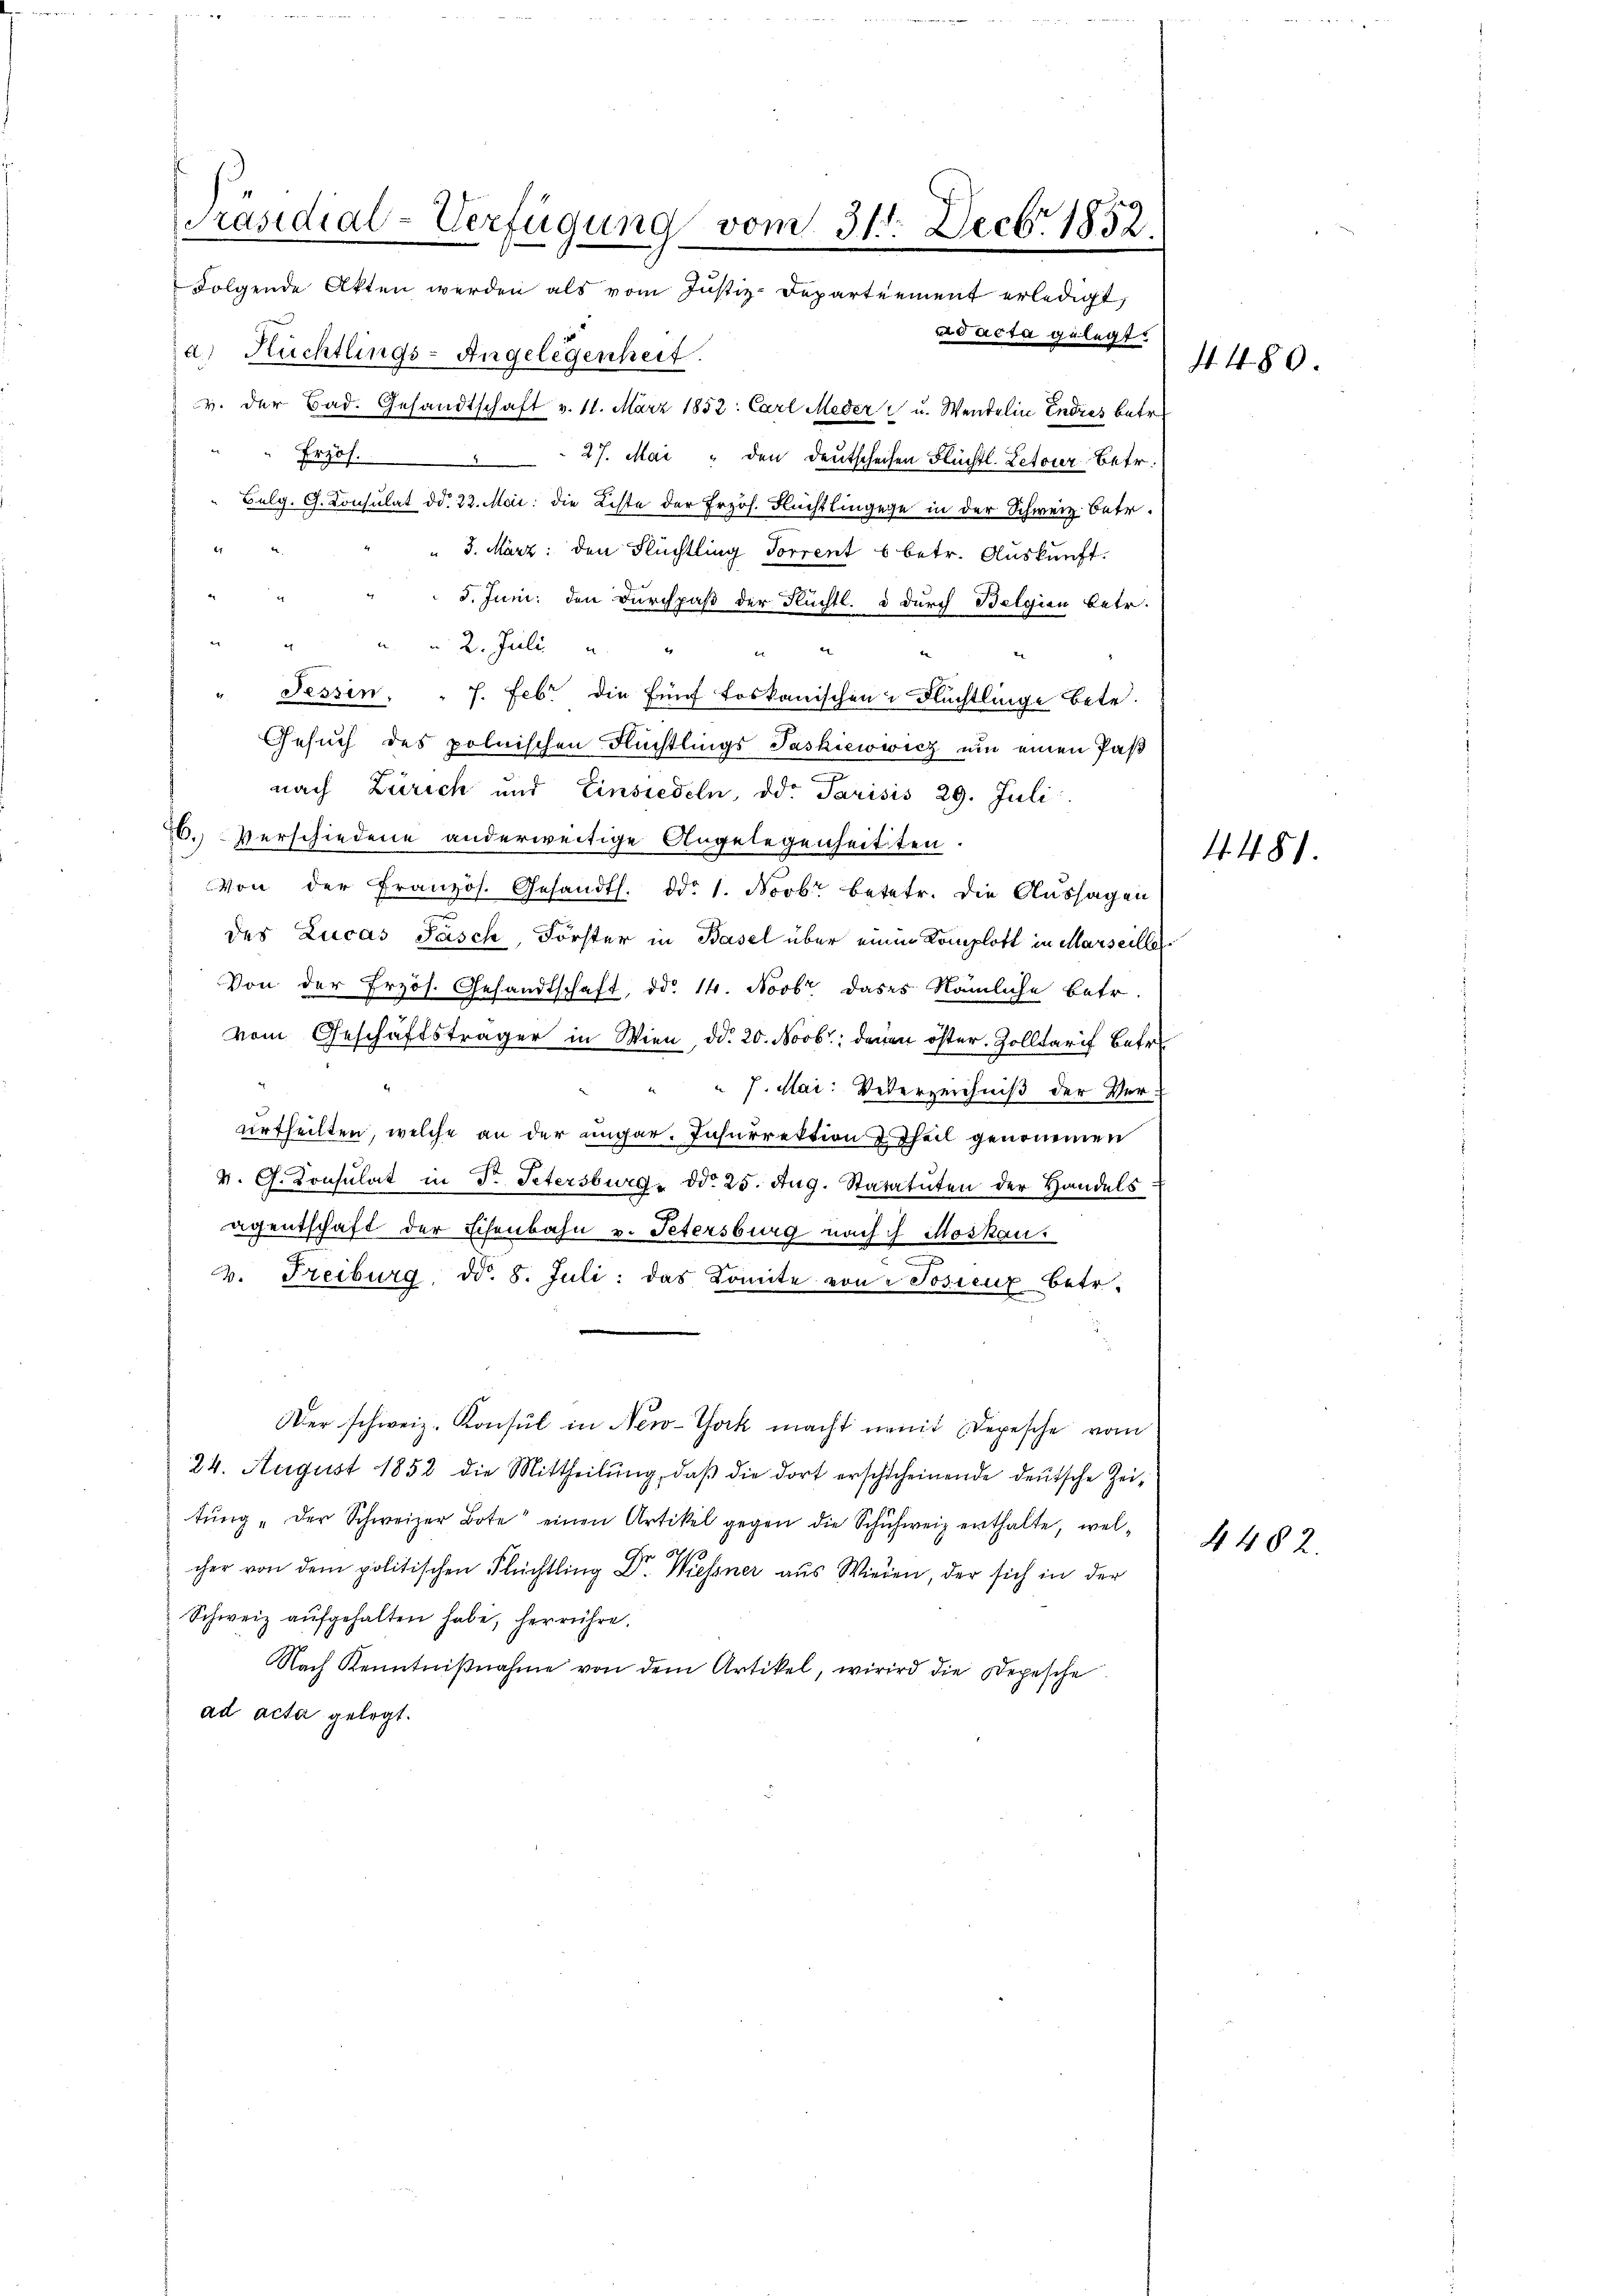
Präsidial-Verfügung vom 31. Decbr 1852
Folgende Akten werden als vom Justiz-Departement erledigt,
d acta gelegt.
a Rüchtlings-Angelegenheit.

v. der Bad. Gesandtschaft v. 11. März 1852: Carl Meder u. Wendelin Endres betr.
Erzos. 27. Mai den Deutscheifen Flüchtl. Letover Betr.
Belg. G. Consulat dd. 22. Mai die Lichte der Frzös. Fluchthingege in der Schweiz. Betr.
41
" 3. März: den Flüchtling Torrent 6 betr. Auskunft.
5. Juni: den Durchpaß der Flüchtl. d durch Belgien betr.
2. Juli
e
e
e
Tessin. " 7. Febr. die fünf toskanischen Flüchtlinge betr.
Gesuch des polnischen Flüchtlings Paskiciowicz um einen Paß
nach Zürich und Einsiedeln, od. Parisis 29. Juli
6.) Verschiedene anderweitige Angelegenheitten
Von der Französ. Gesandts. ddo 1. Novbr. betetr. die Aussagen
des Lucas Pasch, Förster in Basel über einen Komplott in Marseille
Von der Erzös. Gesandtschaft, ddo. 14. Novbr dass nämliche betr.
vom Geschäftsträger in Wien, d. 20. Novbr. denen öster. Zolltarif Betre
" J. Mai: Wederzeichniß der Ver-
urtheilten, welche an der ungar. Insurrektion 2 Theil genommen
V. G. Consulat in d. Petersburg ddo 25. Aug. Statatuten der Handels
agentschaft der Schenbahn v. Petersburg nach I Moskau
t
v. Freiburg dd. 8. Juli: das Komite von Tosieur betr.
Der schweiz. Konsul in New-York macht nomit Depesche vom
24. August 1852 die Mittheilŭng, daβ die dort erschicheinende deŭtsche Zei-
tŭng der Schweizer Bote" einen Artikel gegen die Schuhweiz enthalte, welcher von dem politischen Flüchtling Dr. Wiessner aus Wieden, der sich in der
Schweiz aŭfgehalten habe, herrühre.
Nach Kenntniβnahme von dem Artikel, wird die Depesche
ad acta gelegt.

2

4482.

4. 480

4. 481.